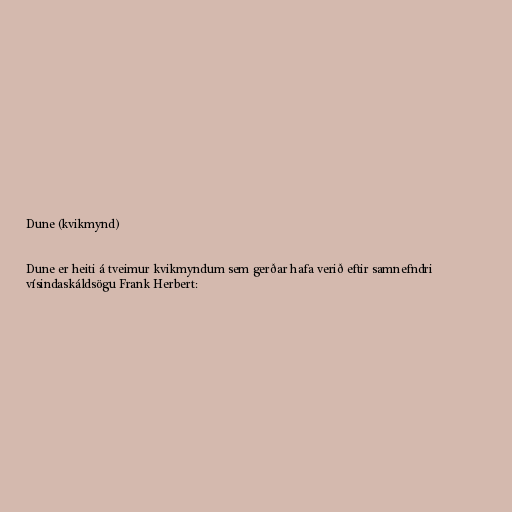
Dune (kvikmynd)

Dune er heiti á tveimur kvikmyndum sem gerðar hafa verið eftir samnefndri
vísindaskáldsögu Frank Herbert: